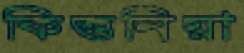
কিত্তনিয়া